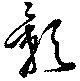
影